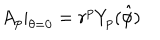
LaTeX: A _ { p } | _ { \theta = 0 } = r ^ { p } Y _ { p } ( \hat { \phi } )